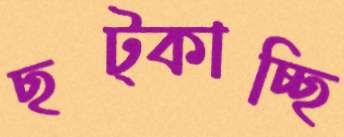
ছট্‌কাচ্ছি